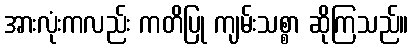
အားလုံးကလည်း ကတိပြု ကျမ်းသစ္စာ ဆိုကြသည်။